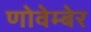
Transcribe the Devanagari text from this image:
णोवेम्बेर